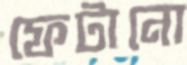
ফেটানো